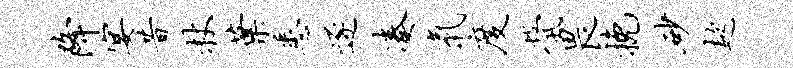
降宴昔杖叶悉逐凑气度茕畏挽砂趑